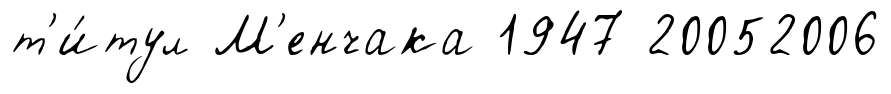
т'и́тул М'енчака 1947 20052006